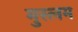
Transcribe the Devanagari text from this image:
मुस्लम